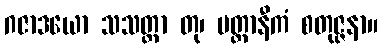
ဂဇာဒယော သသတ္ထာ တု၊ ပတ္တာနီကံ စတုဇ္ဇနာ။